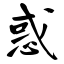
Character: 惑